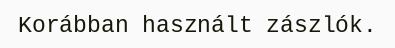
Korábban használt zászlók.